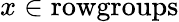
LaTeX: x\in{\mathrm{rowgroups}}